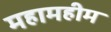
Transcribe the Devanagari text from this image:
महामहीम